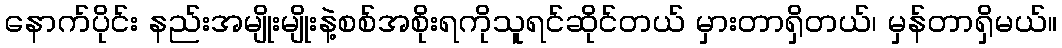
နောက်ပိုင်း နည်းအမျိုးမျိုးနဲ့စစ်အစိုးရကိုသူရင်ဆိုင်တယ် မှားတာရှိတယ်၊ မှန်တာရှိမယ်။